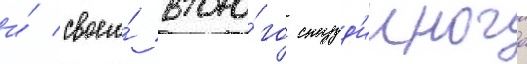
и́ своего́ второ́го студ'ииного